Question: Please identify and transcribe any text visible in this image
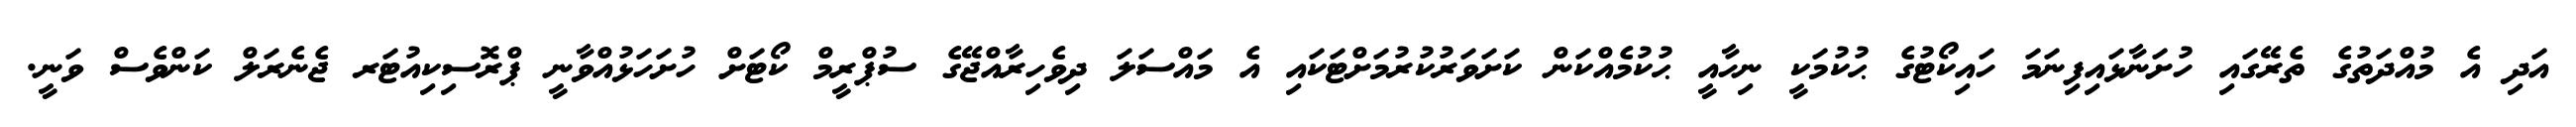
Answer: އަދި އެ މުއްދަތުގެ ތެރޭގައި ހުށަނާޅައިފިނަމަ ހައިކޯޓުގެ ޙުކުމަކީ ނިހާއީ ޙުކުމެއްކަން ކަށަވަރުކުރުމަށްޓަކައި އެ މައްސަލަ ދިވެހިރާއްޖޭގެ ސުޕްރީމް ކޯޓަށް ހުށަހަޅުއްވާނީ ޕްރޮސިކިއުޓަރ ޖެނެރަލް ކަންވެސް ވަނީ.